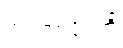
အာဏာပိုင်တို့